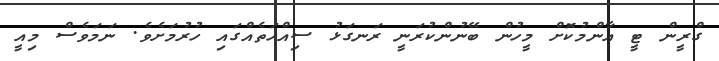
ގްރީން ޓީ އާންމުކޮށް މީހުން ބޭނުންކުރަނީ ރަނގަޅު ސިއްހަތެއްގައި ހުރުމަށެވެ. ނަމަވެސް މިއީ